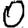
Digit: 0